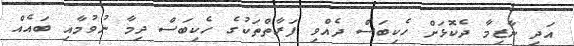
އަދި ނާޒިމާ ދެކޮޅަށް ހެކިބަސް ދެއްވި ފަރާތްތަކުގެ ހެކިބަސް ދިމާ ނުވުމާއި ބައެއް